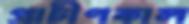
প্রাচীণকাল